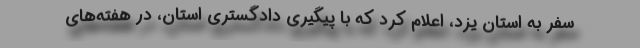
سفر به استان یزد، اعلام کرد که با پیگیری دادگستری استان، در هفته‌های